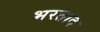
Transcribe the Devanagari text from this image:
भरताद